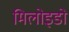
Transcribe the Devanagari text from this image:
मिलोइडो